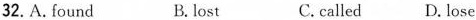
32. A. found B. lost C.called D. lose